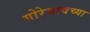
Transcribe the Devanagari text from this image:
गोरेगावच्या